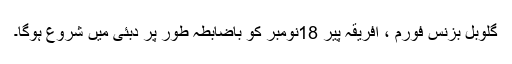
گلوبل بزنس فورم ، افریقہ پیر 18نومبر کو باضابطہ طور پر دبئی میں شروع ہوگا۔